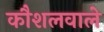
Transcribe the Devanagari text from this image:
कौशलवाले